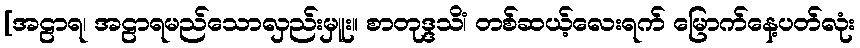
[အဠာရ၊ အဠာရမည်သောလှည်းမှူး။ စာတုဒ္ဒသိံ၊ တစ်ဆယ့်လေးရက် မြောက်နေ့ပတ်လုံး